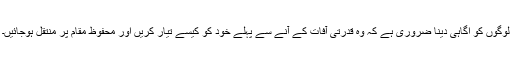
لوگوں کو اگاہی دینا ضروری ہے کہ وہ قدرتی آفات کے آنے سے پہلے خود کو کیسے تیار کریں اور محفوظ مقام پر منتقل ہوجائیں۔